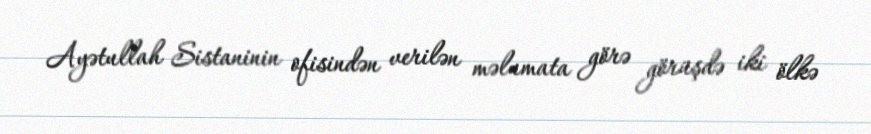
Ayətullah Sistaninin ofisindən verilən məlumata görə görüşdə iki ölkə